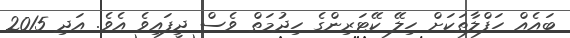
ބައެއް ހަފްލާތަކަށް ހިލޭ ކޭޓަރިންގެ ހިދުމަތް ވެސް ދީފައިވެ އެެވެ. އަދި 2015